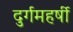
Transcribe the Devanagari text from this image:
दुर्गमहर्षी